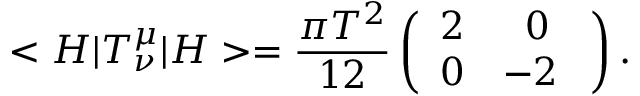
< H | T _ { \nu } ^ { \mu } | H > = \frac { \pi T ^ { 2 } } { 1 2 } \left( \begin{array} { c c } { { 2 } } & { { 0 } } \\ { { 0 } } & { { - 2 \ } } \end{array} \right) .